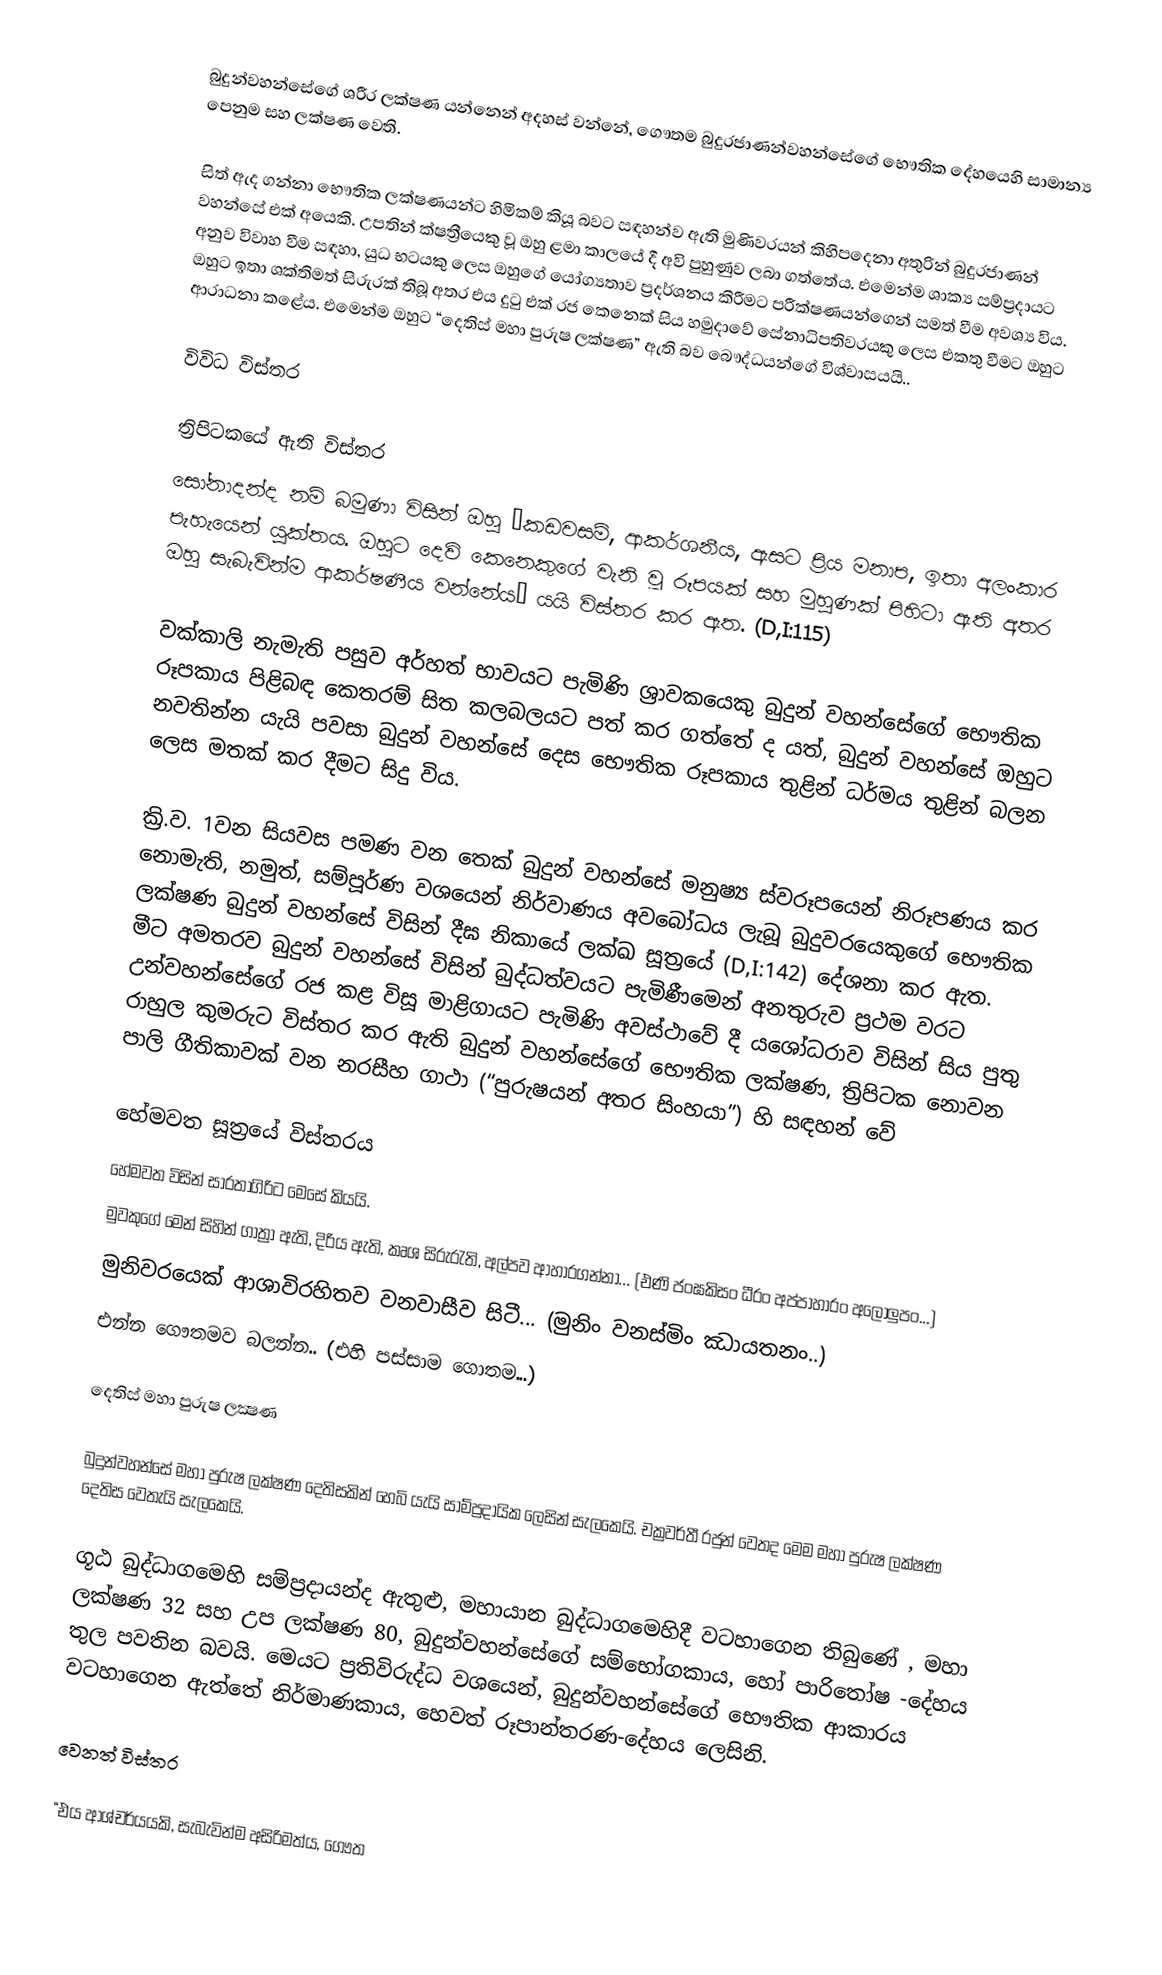
බුදුන්වහන්සේගේ ශරීර ලක්ෂණ යන්නෙන් අදහස් වන්නේ, ගෞතම බුදුරජාණන්වහන්සේගේ භෞතික දේහයෙහි සාමාන්‍ය පෙනුම සහ ලක්ෂණ වෙති.

සිත් ඇද ගන්නා භෞතික ලක්ෂණයන්ට හිමිකම් කියූ බවට සඳහන්ව ඇති මුණිවරයන් කිහිපදෙනා අතුරින් බුදුරජාණන් වහන්සේ එක් අයෙකි. උපතින් ක්ෂත්‍රීයෙකු වූ ඔහු ළමා කාලයේ දී අවි පුහුණුව ලබා ගත්තේය. එමෙන්ම ‍ශාක්‍ය සම්ප්‍රදායට අනුව විවාහ වීම සඳහා, යුධ භටයකු ලෙස ඔහුගේ යෝග්‍යතාව ප්‍රදර්ශනය කිරීමට පරීක්ෂණයන්ගෙන් සමත් වීම අවශ්‍ය විය. ඔහුට ඉතා ශක්තිමත් සිරුරක් තිබූ අතර එය දුටු එක් රජ කෙනෙක් සිය හමුදාවේ සේනාධිපතිවරයකු ලෙස එකතු වීමට ඔහුට ආරාධනා කළේය. එමෙන්ම ඔහුට “දෙතිස් මහා පුරුෂ ලක්ෂණ” ඇති බව බෞද්ධයන්ගේ විශ්වාසයයි..

විවිධ විස්තර

ත්‍රිපිටකයේ ඇති විස්තර
සෝනාදන්ද නම් බමුණා විසින් ඔහු “කඩවසම්, ආකර්ශනීය, ඇසට ප්‍රිය මනාප, ඉතා අලංකාර පැහැයෙන් යුක්තය. ඔහුට දෙවි කෙනෙකුගේ වැනි වූ රූපයක් සහ මුහුණක් පිහිටා ඇති අතර ඔහු සැබැවින්ම ආකර්ෂණීය වන්නේය” යයි විස්තර කර ඇත. (D,I:115)

වක්කාලි නැමැති පසුව අර්හත් භාවයට පැමිණි ශ්‍රාවකයෙකු බුදුන් වහන්සේගේ භෞතික රූපකාය පිළිබඳ කෙ‍තරම් සිත කලබලයට පත් කර ගත්තේ ද යත්, බුදුන් වහන්සේ ඔහුට නවතින්න යැයි පවසා බුදුන් වහන්සේ දෙස භෞතික රූපකාය තුළින් ධර්මය තුළින් බලන ලෙස මතක් කර දීමට සිදු විය.

ක්‍රි.ව. 1වන සියවස පමණ වන තෙක් බුදුන් වහන්සේ මනුෂ්‍ය ස්වරූපයෙන් නිරූපණය කර නොමැති, නමුත්, සම්පූර්ණ වශයෙන් නිර්වාණය අවබෝධය ලැබූ බුදුවරයෙකු‍ගේ භෞතික ලක්ෂණ බුදුන් වහන්සේ විසින් දීඝ නිකායේ ලක්ඛ සූත්‍රයේ  (D,I:142) දේශනා කර ඇත. මීට අමතරව බුදුන් වහන්සේ විසින් බුද්ධත්වයට පැමි‍ණීමෙන් අනතුරුව ප්‍රථම වරට උන්වහන්සේගේ රජ කළ විසූ මාළිගායට පැමිණි අවස්ථාවේ දී යශෝධරාව විසින් සිය පුතු රාහුල කුමරුට විස්තර කර ඇති බුදුන් වහන්සේගේ භෞතික ලක්ෂණ, ත්‍රිපිටක නොවන පාලි ගීතිකාවක් වන නරසීහ ගාථා (“පුරුෂයන් අතර සිංහයා”) හි සඳහන් වේ

හේමවත සූත්‍රයේ විස්තරය
හේමවත විසින් සාරතාගිරිට මෙසේ කියයි.
මුවකුගේ මෙන් සිහින් ගාත්‍රා ඇති, දිරිය ඇති, කෘශ සිරුරැති, අල්පව ආහාරගන්නා...  (එණි ජංඝකිසං ධීරං අප්පාහාරං අලොලුපං...)
 මුනිවරයෙක් ආශාවිරහිතව වනවාසීව සිටී... (මුනිං වනස්මිං ඣායතනං..)
 එන්න ගෞතමව බලන්න.. (එහි පස්සාම ගොතම...)

දෙතිස් මහා පුරුෂ ලක්‍ෂණ

බුදුන්වහන්සේ මහා පුරුෂ ලක්ෂණ දෙතිසකින් හෙබි යැයි සාම්ප්‍රදායික ලෙසින් සැලකෙයි. චක්‍රවර්තී රජුන් වෙතද මෙම මහා පුරුෂ ලක්ෂණ දෙතිස වෙතැයි සැලකෙයි.

ගූඨ බුද්ධාගමෙහි සම්ප්‍රදායන්ද ඇතුළු, මහායාන බුද්ධාගමෙහිදී වටහාගෙන තිබුණේ , මහා ලක්ෂණ 32 සහ උප ලක්ෂණ  80, බුදුන්වහන්සේගේ සම්භෝගකාය, හෝ පාරිතෝෂ -දේහය තුල පවතින බවයි.  මෙයට ප්‍රතිවිරුද්ධ වශයෙන්, බුදුන්වහන්සේගේ භෞතික ආකාරය වටහාගෙන ඇත්තේ නිර්මාණකාය, හෙවත්  රූපාන්තරණ-දේහය ලෙසිනි.

වෙනත් විස්තර

“එය ආශ්චර්යයකි, සැබැවින්ම අසිරිමත්ය, ගෞත